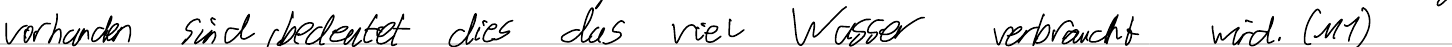
vorhanden sind, bedeutet dies das viel Wasser verbraucht wird. (M1)